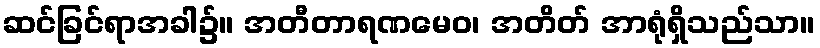
ဆင်ခြင်ရာအခါ၌။ အတီတာရဏမေဝ၊ အတိတ် အာရုံရှိသည်သာ။